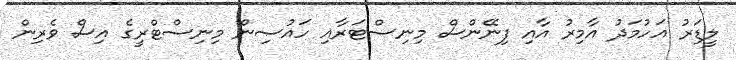
ލީޑަރު އަހުމަދު އާމިރު އާއި ފިނޭންސް މިނިސްޓަރާއި ހައުސިން މިނިސްޓްރީގެ އިސް ވެރިން